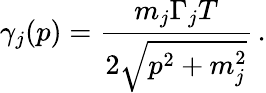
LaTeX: \gamma_{j}(p)=\frac{m_{j}\Gamma_{j}T}{2\sqrt{p^{2}+m_{j}^{2}}}\, .